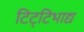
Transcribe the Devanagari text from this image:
टिट्‌टिभाद्य